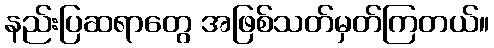
နည်းပြဆရာတွေ အဖြစ်သတ်မှတ်ကြတယ်။